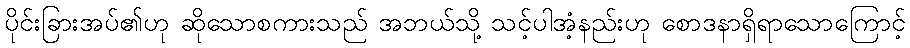
ပိုင်းခြားအပ်၏ဟု ဆိုသောစကားသည် အဘယ်သို့ သင့်ပါအံ့နည်းဟု စောဒနာရှိရာသောကြောင့်